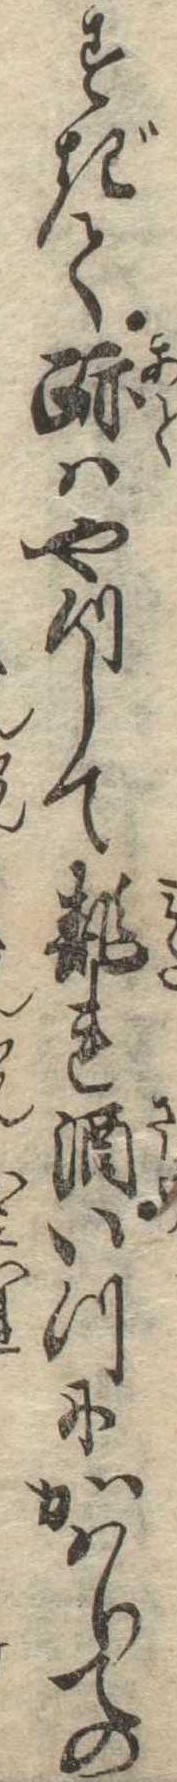
すぎて跡はやつして乱れ酒いつにかはりての